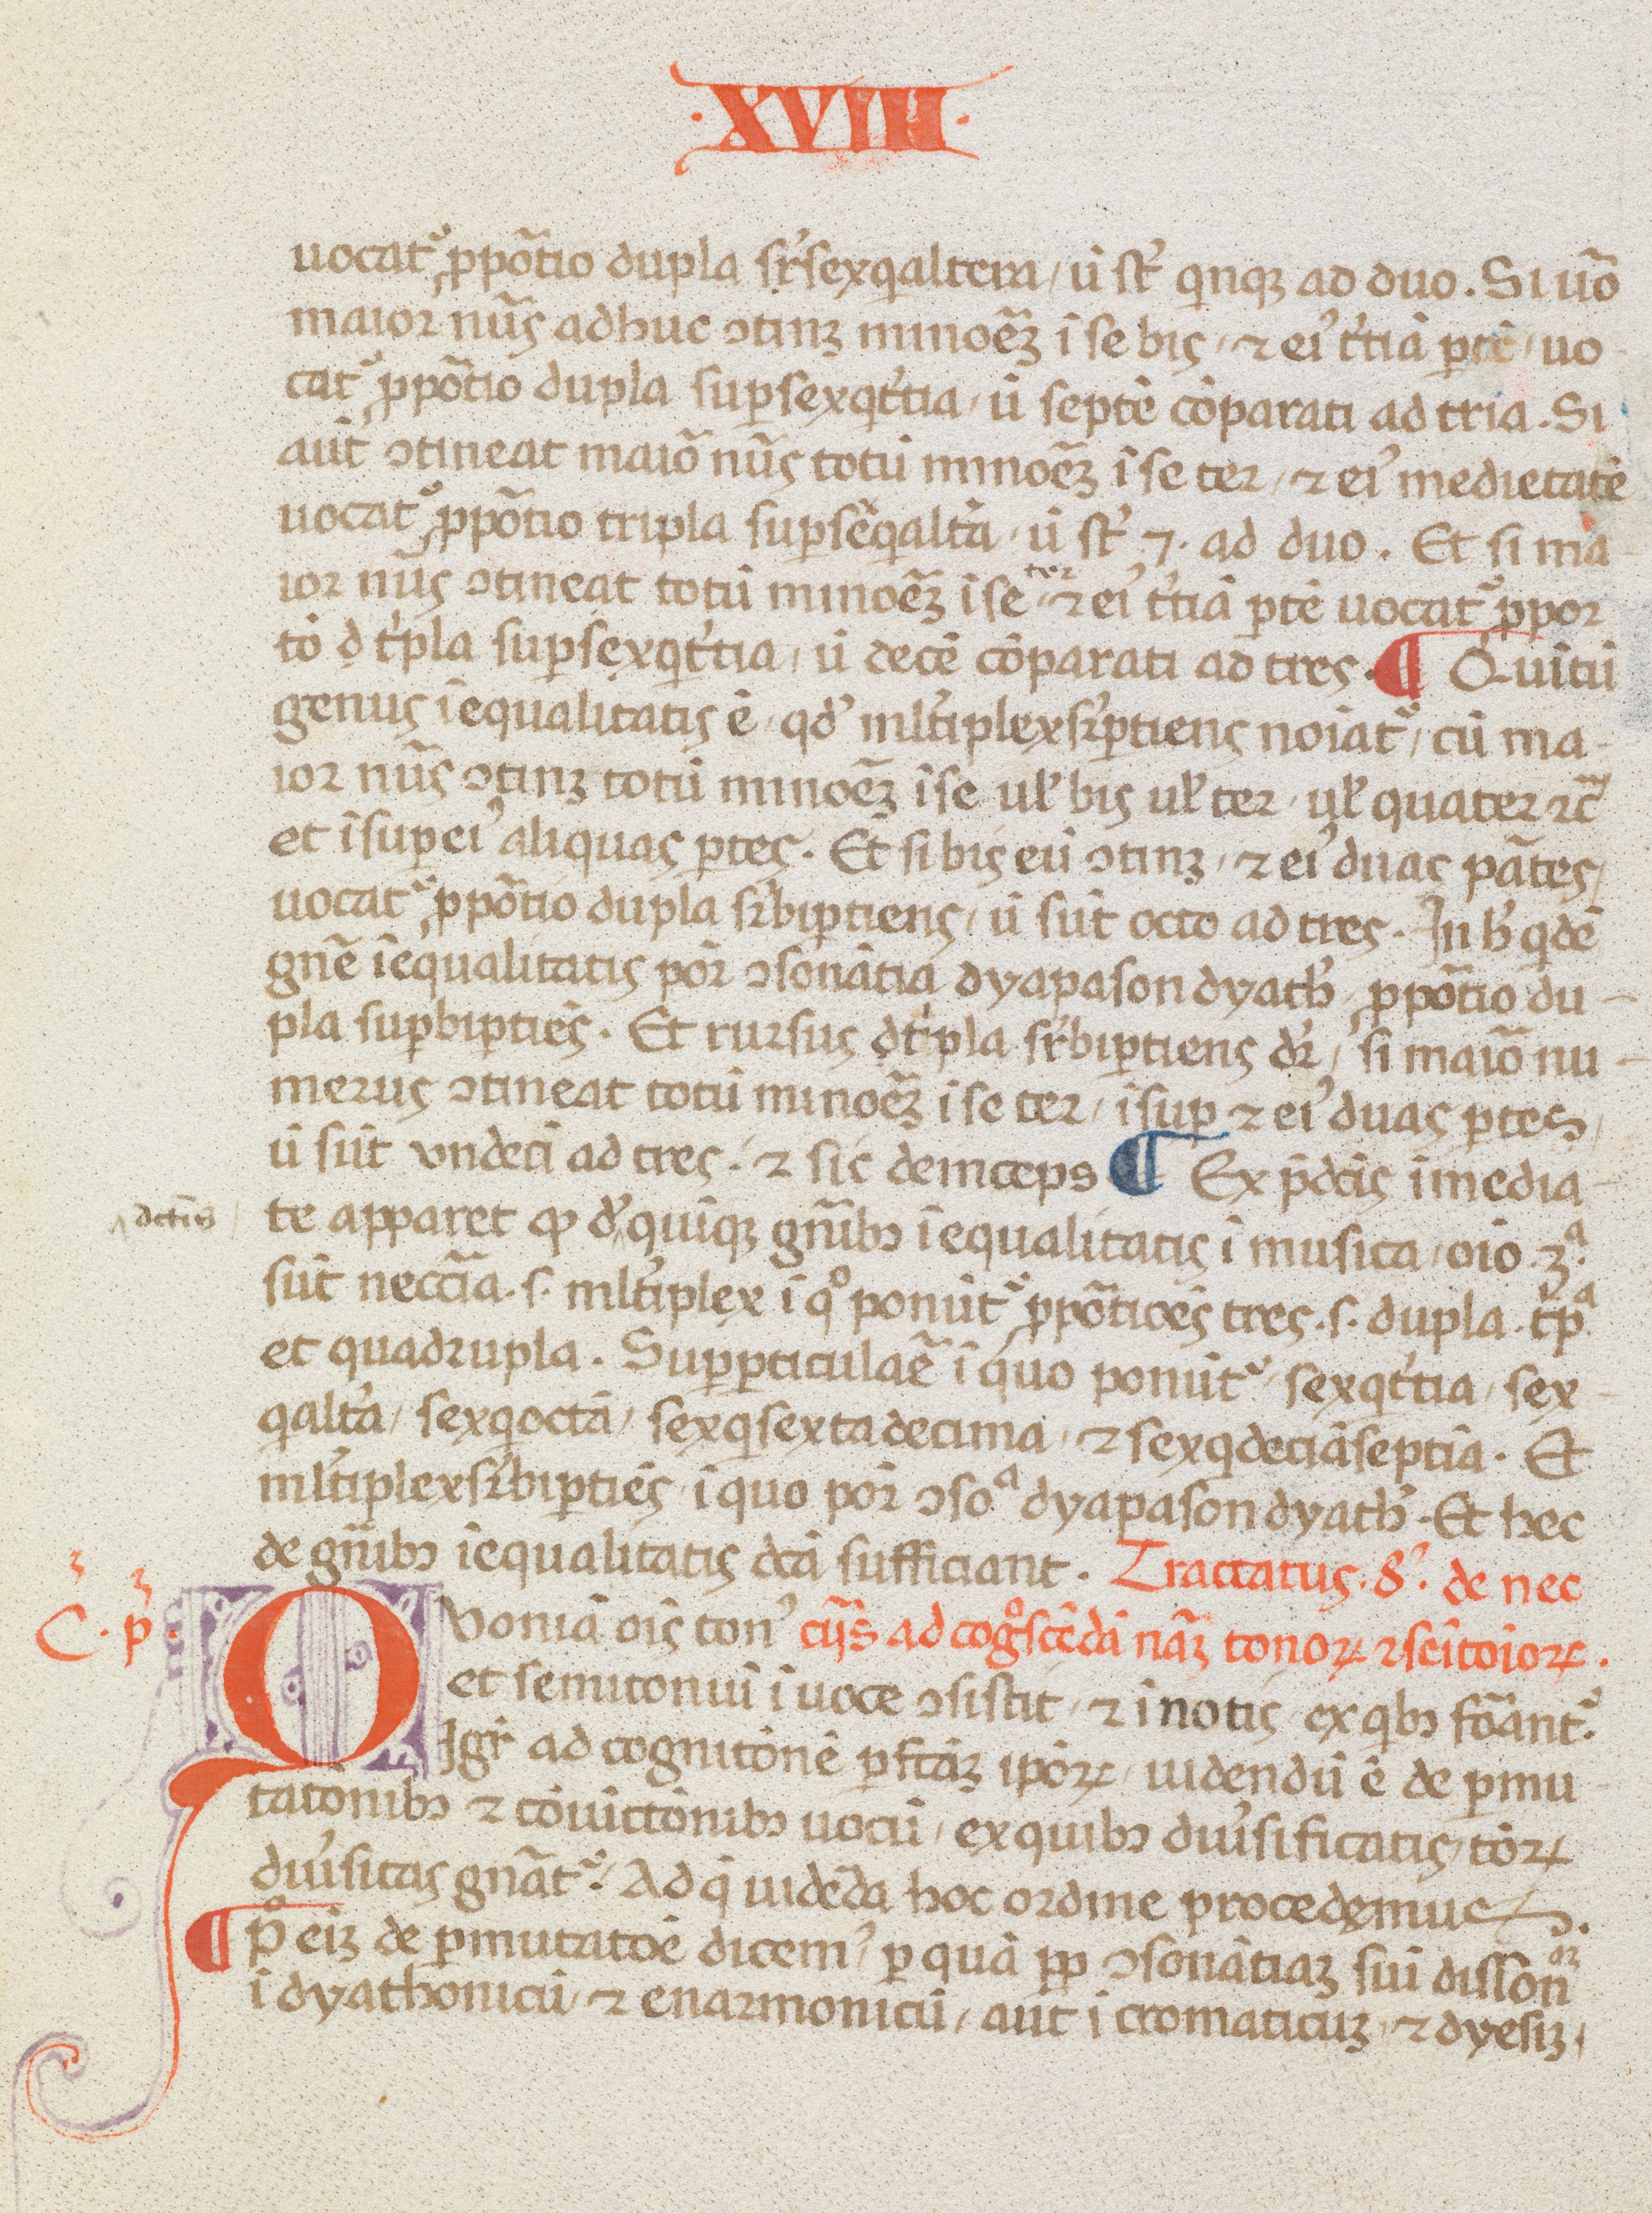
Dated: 1400–1499